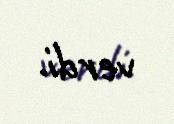
verdi.